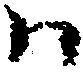
ハ